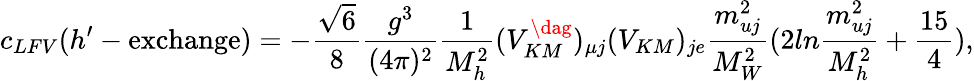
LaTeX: c_{LFV}(h^{\prime}-\mathrm{exchange})=-\frac{\sqrt{6}}{8}\frac{g^{3}}{(4\pi)^{2}}\frac{1}{M_{h}^{2}}(V_{KM}^{\dag})_{\mu j}(V_{KM})_{je}\frac{m_{uj}^{2}}{M_{W}^{2}}(2ln\frac{m_{uj}^{2}}{M_{h}^{2}}+\frac{15}{4}),